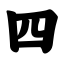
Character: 四